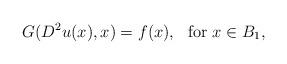
LaTeX: \begin{align*}G(D^2u(x),x)=f(x), \ \ \textrm{for } x\in B_1,\end{align*}